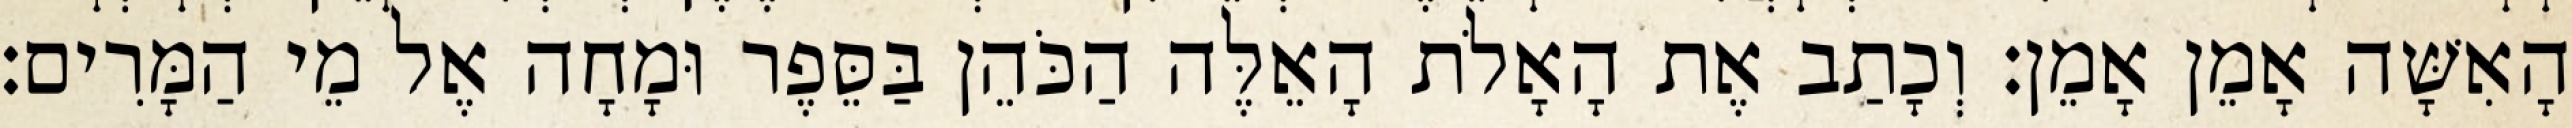
הָאִשָּׁה אָמֵן אָמֵן׃ וְכָתַב אֶת הָאָלֹת הָאֵלֶּה הַכֹּהֵן בַּסֵּפֶר וּמָחָה אֶל מֵי הַמָּרִים׃